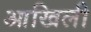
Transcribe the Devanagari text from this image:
आखिली